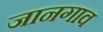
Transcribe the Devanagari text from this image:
जानगाव